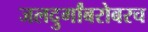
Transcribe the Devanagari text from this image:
जलदुर्गांबरोबरच